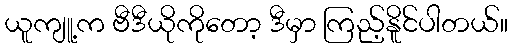
ယူကျူ့က ဗီဒီယိုကိုတော့ ဒီမှာ ကြည့်နိူင်ပါတယ်။